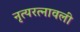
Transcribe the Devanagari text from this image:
नृत्यरत्नावली